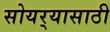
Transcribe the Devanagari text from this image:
सोयर्‍यासाठी